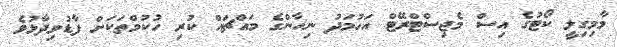
މާމިގިލީ ކޯޓުގެ އިސް މެޖިސްޓްރޭޓް އަހުމަދު ނިހާންގެ މައްޗައް ކުރި ހުކުމްތަކަށް ފާޑުވިދާޅުވެ